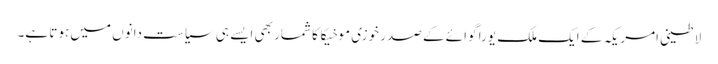
لاطینی امریکہ کے ایک ملک یورا گوائے کے صدر خوزی موخیکا کا شمار بھی ایسے ہی سیاست دانوں میں ہوتا ہے۔